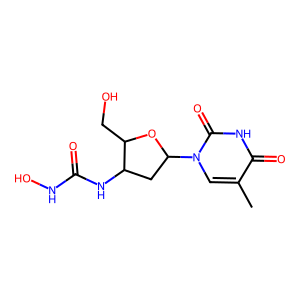
SMILES: Cc1cn(C2CC(NC(=O)NO)C(CO)O2)c(=O)[nH]c1=O
Inhibits HIV replication: No